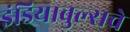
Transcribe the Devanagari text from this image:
इंडियाबुल्सचे